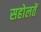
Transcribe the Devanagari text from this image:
सहोलतें